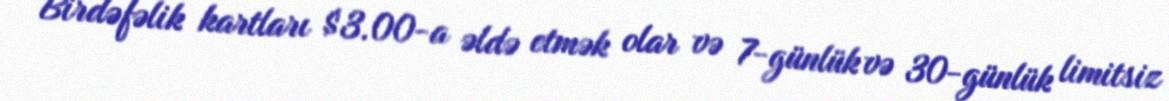
Birdəfəlik kartları $3.00-a əldə etmək olar və 7-günlük və 30-günlük limitsiz